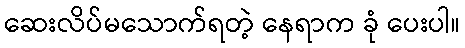
ဆေးလိပ်မသောက်ရတဲ့ နေရာက ခုံ ပေးပါ။